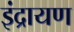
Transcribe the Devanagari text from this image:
इंद्रायण